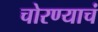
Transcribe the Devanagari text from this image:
चोरण्याचं